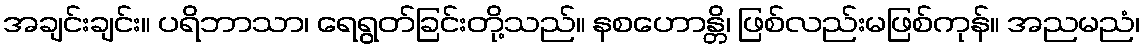
အချင်းချင်း။ ပရိဘာသာ၊ ရေရွတ်ခြင်းတို့သည်။ နစဟောန္တိ၊ ဖြစ်လည်းမဖြစ်ကုန်။ အညမညံ၊